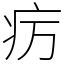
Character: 疠